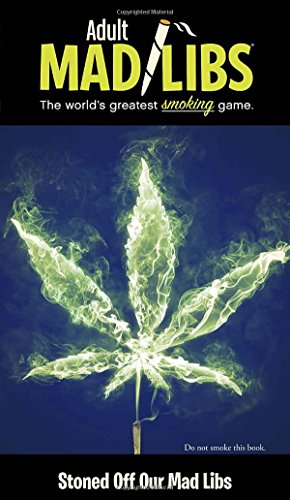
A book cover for Stoned Off Our Mad Libs (Adult Mad Libs); Brian D Clark; Humor & Entertainment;